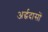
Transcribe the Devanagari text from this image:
अर्द्धदासों